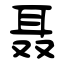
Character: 聂